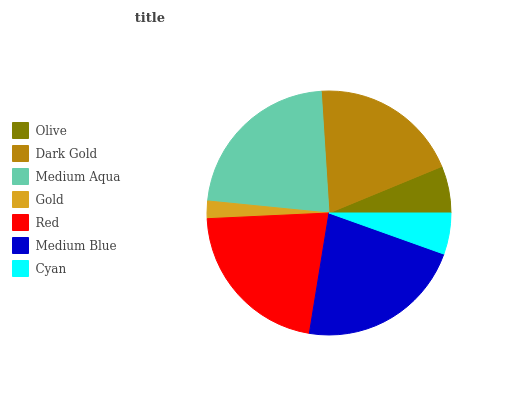
| Olive | Dark Gold | Medium Aqua | Gold | Red | Medium Blue | Cyan |
 | --- | --- | --- | --- | --- | --- | --- |
 | 6.23% | 19.7% | 22.5% | 2.32% | 21.7% | 22.1% | 5.46% |